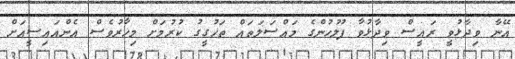
އޭނާ ވިދާޅުވީ ރައީސް ވިދާޅުވާ ފުލުހުންގެ މައްސަލަތައް ތަހުގީގު ކުރުމަށް މިހާރުވެސް އެންއައިސީއަށް